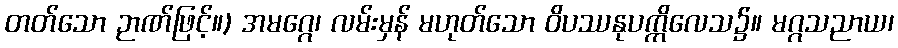
တတ်သော ဉာဏ်ဖြင့်။) အမဂ္ဂေ၊ လမ်းမှန် မဟုတ်သော ဝိပဿနုပက္ကိလေသ၌။ မဂ္ဂသညာယ၊